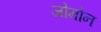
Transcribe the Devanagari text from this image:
जोमोन